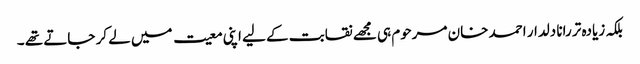
بلکہ زیادہ تر رانا دلدار احمد خان مرحوم ہی مجھے نقابت کے لیے اپنی معیت میں لے کر جاتے تھے ۔